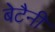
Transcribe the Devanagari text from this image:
बेटैनी